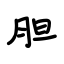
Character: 胆